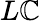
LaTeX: L\mathbb{C}